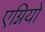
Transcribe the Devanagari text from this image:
एग्नियो